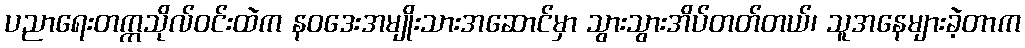
ပညာရေးတက္ကသိုလ်ဝင်းထဲက နဝဒေးအမျိုးသားအဆောင်မှာ သွားသွားအိပ်တတ်တယ်၊ သူအနေများခဲ့တာက